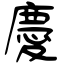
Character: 慶